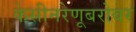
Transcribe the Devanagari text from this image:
केसीनरेणूबरोबर